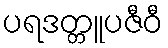
ပရဒတ္တူပဇီဝီ